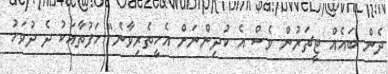
ދެން ބައެއް ޓީޗަރުން ވެސް އެ ކުދިންނަށް އެހީތެރިވާނެ" ހަފުތާއަކު ދެ ދުވަހު